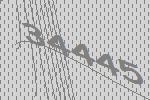
34445